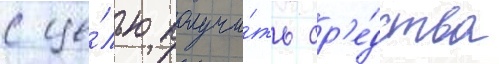
с це́лью получи́ть ср'е́дства